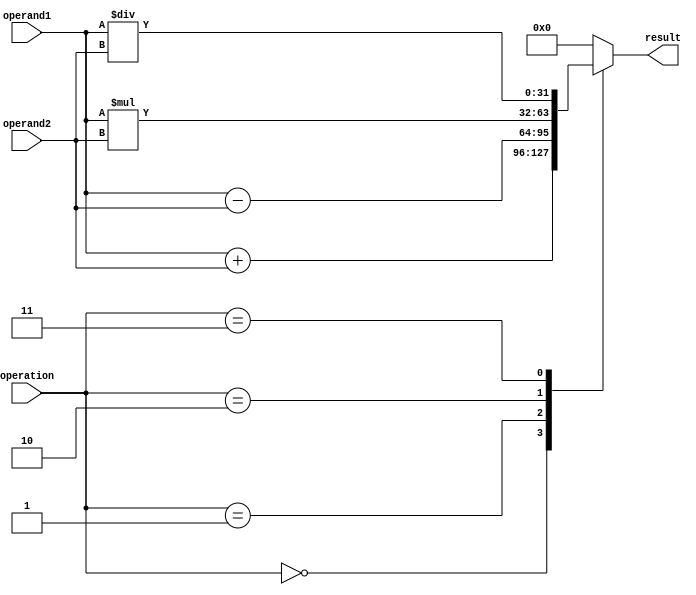
module ALU (
    input wire [31:0] operand1,
    input wire [31:0] operand2,
    input wire [2:0] operation,
    output reg [31:0] result
);

reg [31:0] add_result, sub_result, mult_result, div_result;

always @* begin
    case(operation)
        3'b000: begin // Addition
            add_result = operand1 + operand2;
            result = add_result;
        end
        3'b001: begin // Subtraction
            sub_result = operand1 - operand2;
            result = sub_result;
        end
        3'b010: begin // Multiplication
            mult_result = operand1 * operand2;
            result = mult_result;
        end
        3'b011: begin // Division
            div_result = operand1 / operand2;
            result = div_result;
        end
        default: result = 32'h0; // Default to 0 if invalid operation
    endcase
end

endmodule